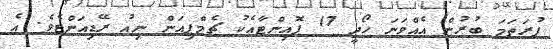
ފުރަތަމަ ބުރުން އެއްވަނަ ހޯދީ 17 ޕޮއިންޓާއެކު ޗެމްޕިއަން ނިއު ރޭޑިއަންޓެވެ. އެ